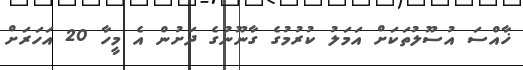
ޚާއްސަ އުސޫލުތަކަށް އަމަލު ކުރުމުގެ ގާނޫނުގެ ދަށުން އެ މީހާ 20 އަހަރަށް